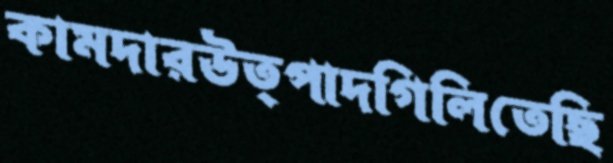
কামদারউত্পাদগিলিতেছি